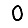
Digit: 0